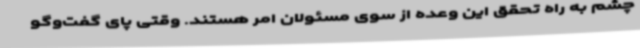
چشم به راه تحقق این وعده از سوی مسئولان امر هستند. وقتی پای گفت‌وگو